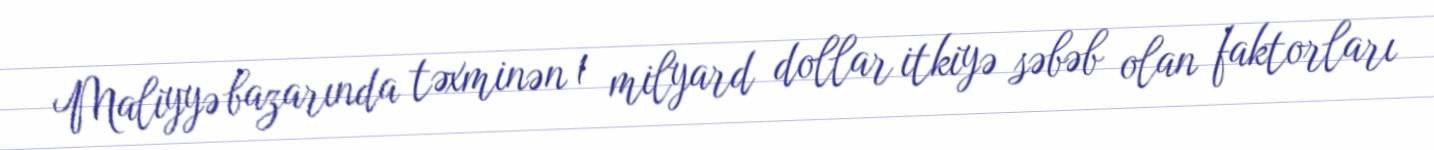
Maliyyə bazarında təxminən 1 milyard dollar itkiyə səbəb olan faktorları